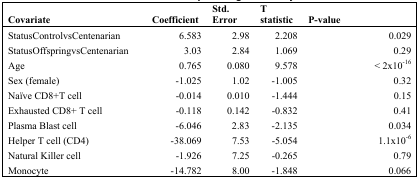
| Covariate | Coefficient | Std. Error | T statistic | P-value |
 | --- | --- | --- | --- | --- |
 | StatusControlvsCentenarian | 6.583 | 2.98 | 2.208 | 0.029 |
 | StatusOffspringvsCentenarian | 3.03 | 2.84 | 1.069 | 0.29 |
 | Age | 0.765 | 0.080 | 9.578 | < 2×10−16 |
 | Sex (female) | −1.025 | 1.02 | −1.005 | 0.32 |
 | Naïve CD8+T cell | −0.014 | 0.010 | −1.444 | 0.15 |
 | Exhausted CD8+ T cell | −0.118 | 0.142 | −0.832 | 0.41 |
 | Plasma Blast cell | −6.046 | 2.83 | −2.135 | 0.034 |
 | Helper T cell (CD4) | −38.069 | 7.53 | −5.054 | 1.1×10−6 |
 | Natural Killer cell | −1.926 | 7.25 | −0.265 | 0.79 |
 | Monocyte | −14.782 | 8.00 | −1.848 | 0.066 |